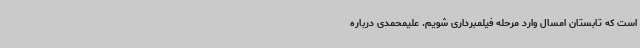
است که تابستان امسال وارد مرحله فیلمبرداری شویم. علیمحمدی درباره